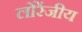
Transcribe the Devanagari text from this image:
लोरेंजीय